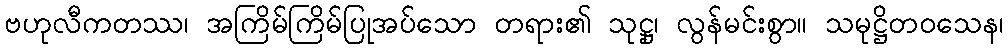
ဗဟုလီကတဿ၊ အကြိမ်ကြိမ်ပြုအပ်သော တရား၏ သုဋ္ဌု၊ လွန်မင်းစွာ။ သမုဋ္ဌိတဝသေန၊